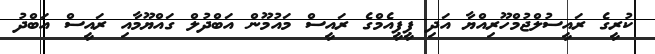
ކުރީގެ ރައީސުލްޖުމްހޫރިއްޔާ އަދި ޕީޕީއެމްގެ ރައީސް މައުމޫން އަބްދުލް ގައްޔޫމާއި ރައީސް އަބްދު